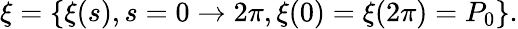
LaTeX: \xi=\{ \xi(s),s=0\rightarrow 2\pi,\xi(0)=\xi(2\pi)=P_{0}\} .